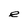
Character: e